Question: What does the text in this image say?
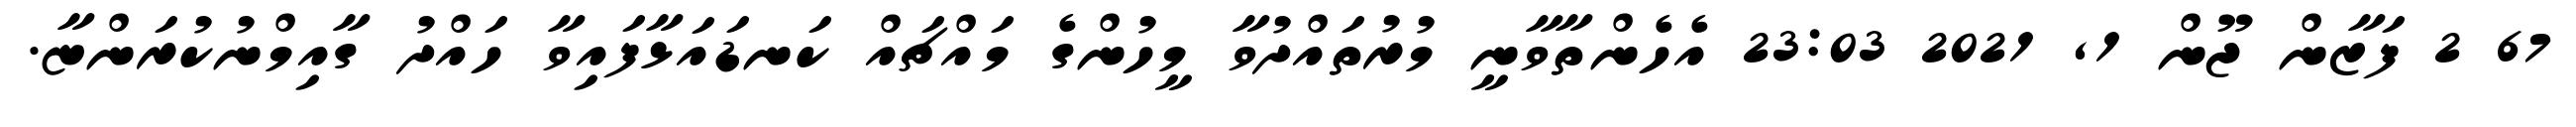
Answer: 67 2 ފަޒާން ޖޫން 1, 2021 23:03 އެހެންތާވާނީ މުރުތައްދުވާ މީހުންގެ މައްޗައް ކަނޑައަޅާފައިވާ ހައްދު ގާއިމްނުކުރަންޏާ.